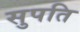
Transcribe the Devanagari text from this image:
सुपति